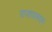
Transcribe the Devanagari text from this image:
राजापलयम